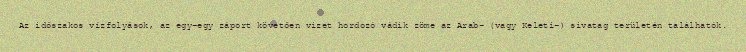
Az időszakos vízfolyások, az egy-egy záport követően vizet hordozó vádik zöme az Arab- (vagy Keleti-) sivatag területén találhatók.